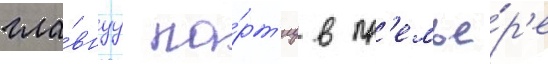
гла́внуу па́рт'иу в пр'емье́р'е